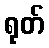
ရုတ်